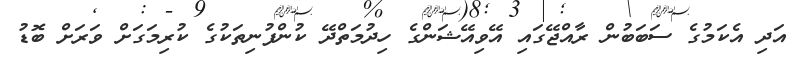
އަދި އެކަމުގެ ސަބަބުން ރާއްޖޭގައި އޭވިއޭޝަންގެ ހިދުމަތްދޭ ކުންފުނިތަކުގެ ކުރިމަގަށް ވަރަށް ބޮޑު